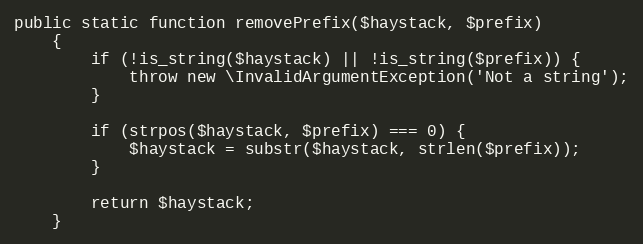
Language: PHP
public static function removePrefix($haystack, $prefix)
    {
        if (!is_string($haystack) || !is_string($prefix)) {
            throw new \InvalidArgumentException('Not a string');
        }

        if (strpos($haystack, $prefix) === 0) {
            $haystack = substr($haystack, strlen($prefix));
        }

        return $haystack;
    }